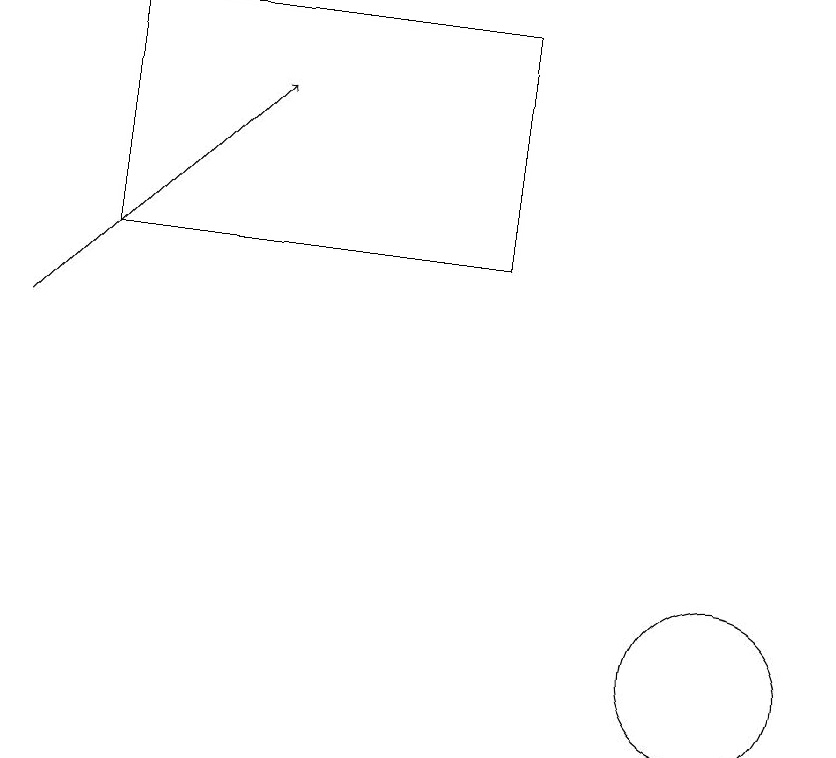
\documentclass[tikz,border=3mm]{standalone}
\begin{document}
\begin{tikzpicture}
\draw (3,16) rectangle (8,19);
\draw (11,11) circle (1);
\draw[->] (2,15) -- (5,18);
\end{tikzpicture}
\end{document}